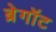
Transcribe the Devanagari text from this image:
ब्रेगॉट